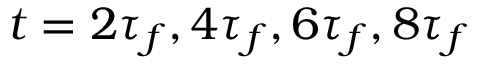
t = 2 \tau _ { f } , 4 \tau _ { f } , 6 \tau _ { f } , 8 \tau _ { f }